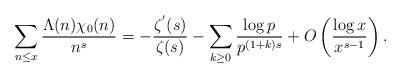
LaTeX: \begin{align*}\sum _{n \leq x} \frac{\Lambda (n)\chi_0(n)}{n^s} =- \frac{\zeta^{'}(s)}{\zeta(s)}-\sum _{k \geq 0} \frac{\log p}{p^{(1+k)s}}+O\left( \frac{\log x}{x^{s-1}}\right) .\end{align*}